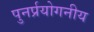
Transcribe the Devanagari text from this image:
पुनर्प्रयोगनीय